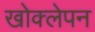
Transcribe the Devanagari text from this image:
खोक्लेपन